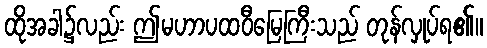
ထိုအခါ၌လည်း ဤမဟာပထဝီမြေကြီးသည် တုန်လှုပ်ရ၏။